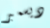
ديسمبر